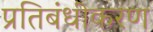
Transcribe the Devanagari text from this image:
प्रतिबंधीकरण